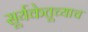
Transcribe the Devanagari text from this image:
सूर्यकेतूच्याच